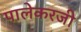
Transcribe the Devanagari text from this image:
पालेकरजी